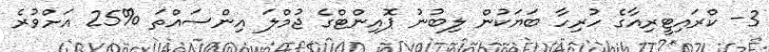
3- ކްރައިޓީރިއާގެ ހުރިހާ ބަޔަކުން ލިބުނު ޕޮއިންޓްގެ ޖުމްލަ އިންސައްތަ %25 އަށްވުރެ